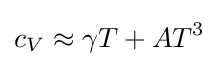
c_{V}\approx \gamma T+AT^{3}